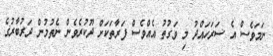
ނަމަވެސް އެ ސަރަހައްދު މި ވަގުތު އެއްވެސް ފަރާތަކަށް ދޫކުރެވެން ނެތުމުން ދަރުބާރުގެ